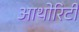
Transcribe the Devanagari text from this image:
आथोरिटी